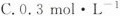
C.0.3mol·L^{-1}